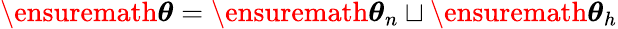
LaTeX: \ensuremath{\boldsymbol{\theta}}=\ensuremath{\boldsymbol{\theta}}_{n}\sqcup\ensuremath{\boldsymbol{\theta}}_{h}